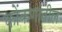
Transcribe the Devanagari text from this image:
कोंकणांतील